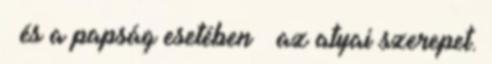
– és a papság esetében – az atyai szerepet.